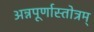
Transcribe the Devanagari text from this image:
अन्नपूर्णास्तोत्रम्